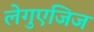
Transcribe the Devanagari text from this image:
लेगुएजिज